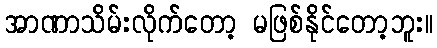
အာဏာသိမ်းလိုက်တော့ မဖြစ်နိုင်တော့ဘူး။